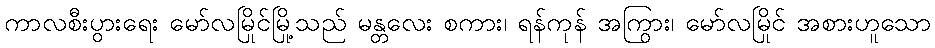
ကာလစီးပွားရေး မော်လမြိုင်မြို့သည် မန္တလေး စကား၊ ရန်ကုန် အကြွား၊ မော်လမြိုင် အစားဟူသော